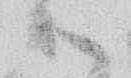
御